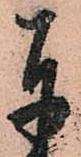
奉